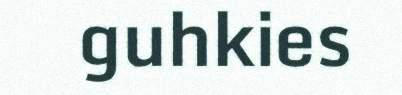
guhkies